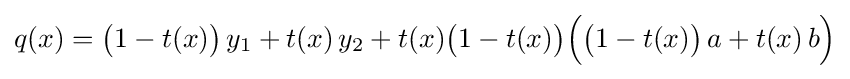
q(x)={\big (}1-t(x){\big )}\,y_{1}+t(x)\,y_{2}+t(x){\big (}1-t(x){\big )}{\Big (}{\big (}1-t(x){\big )}\,a+t(x)\,b{\Big )}